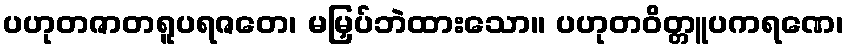
ပဟုတဇာတရူပရဇတေ၊ မမြှပ်ဘဲထားသော။ ပဟုတဝိတ္တူပကရဏေ၊